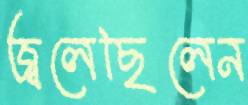
জ্বলেছিলেন